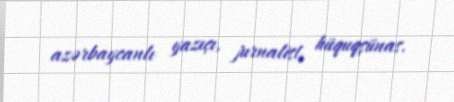
azərbaycanlı yazıçı, jurnalist, hüquqşünas.